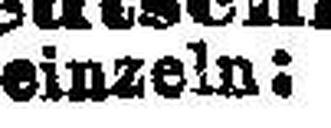
einzeln: